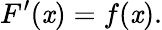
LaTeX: F^{\prime}(\mathit{x})=f(\mathit{x}).